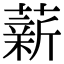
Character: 薪